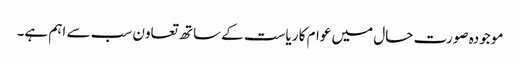
موجودہ صورت حال میں عوام کا ریاست کےساتھ تعاون سب سے اہم ہے۔